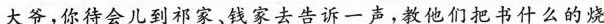
大爷，你待会儿到祁家、钱家去告诉一声，救他们把书什么的烧